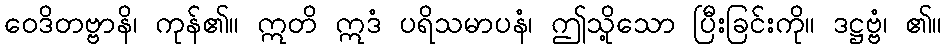
ဝေဒိတဗ္ဗာနိ၊ ကုန်၏။ ဣတိ ဣဒံ ပရိသမာပနံ၊ ဤသို့သော ပြီးခြင်းကို။ ဒဋ္ဌဗ္ဗံ၊ ၏။